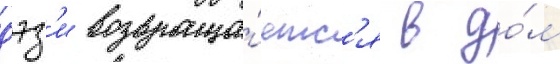
дэз'и возвраща́етс'я в до́м